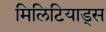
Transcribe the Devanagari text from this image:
मिलिटियाड्स